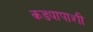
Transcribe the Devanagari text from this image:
कड्यापाशी